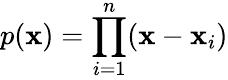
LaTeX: p(\mathbf{x})=\prod_{i=1}^{n}(\mathbf{x}-\mathbf{x}_{i})